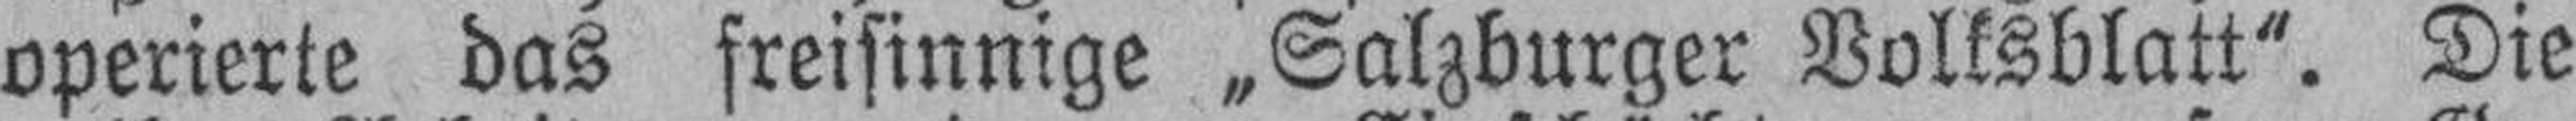
operierte das freisinnige „Salzburger Volksblatt“. Die